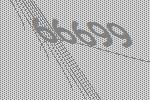
66699